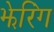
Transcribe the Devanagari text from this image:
झेरिंग